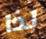
لذا